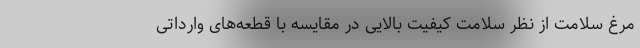
مرغ سلامت از نظر سلامت کیفیت بالایی در مقایسه با قطعه‌های وارداتی